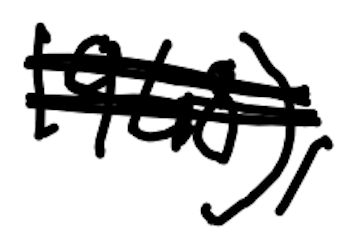
Text: 1948),
Cross-out: scratch
Writing tool: digital_black